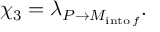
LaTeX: \chi _ { 3 } = \lambda _ { P \rightarrow M _ { \mathrm { i n t o \, } f } } .